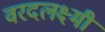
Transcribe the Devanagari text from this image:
वरदलक्ष्मी